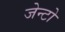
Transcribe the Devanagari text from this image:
जेन्टो